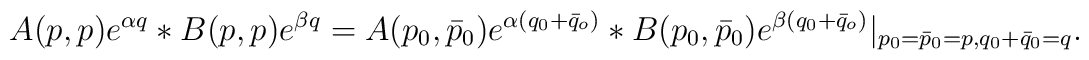
A(p, p)e^{\alpha q}*B(p,p)e^{\beta q}=A(p_0,\bar p_0)e^{\alpha(q_0+\bar q_o)}*B(p_0,\bar p_0)e^{\beta(q_0+\bar q_o)}|_{p_0=\bar p_0=p, q_0+\bar q_0=q}.